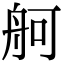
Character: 舸